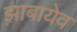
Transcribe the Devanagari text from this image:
झ़ाबायेव